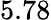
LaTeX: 5.78